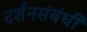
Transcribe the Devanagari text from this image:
दर्शनसंबंधी